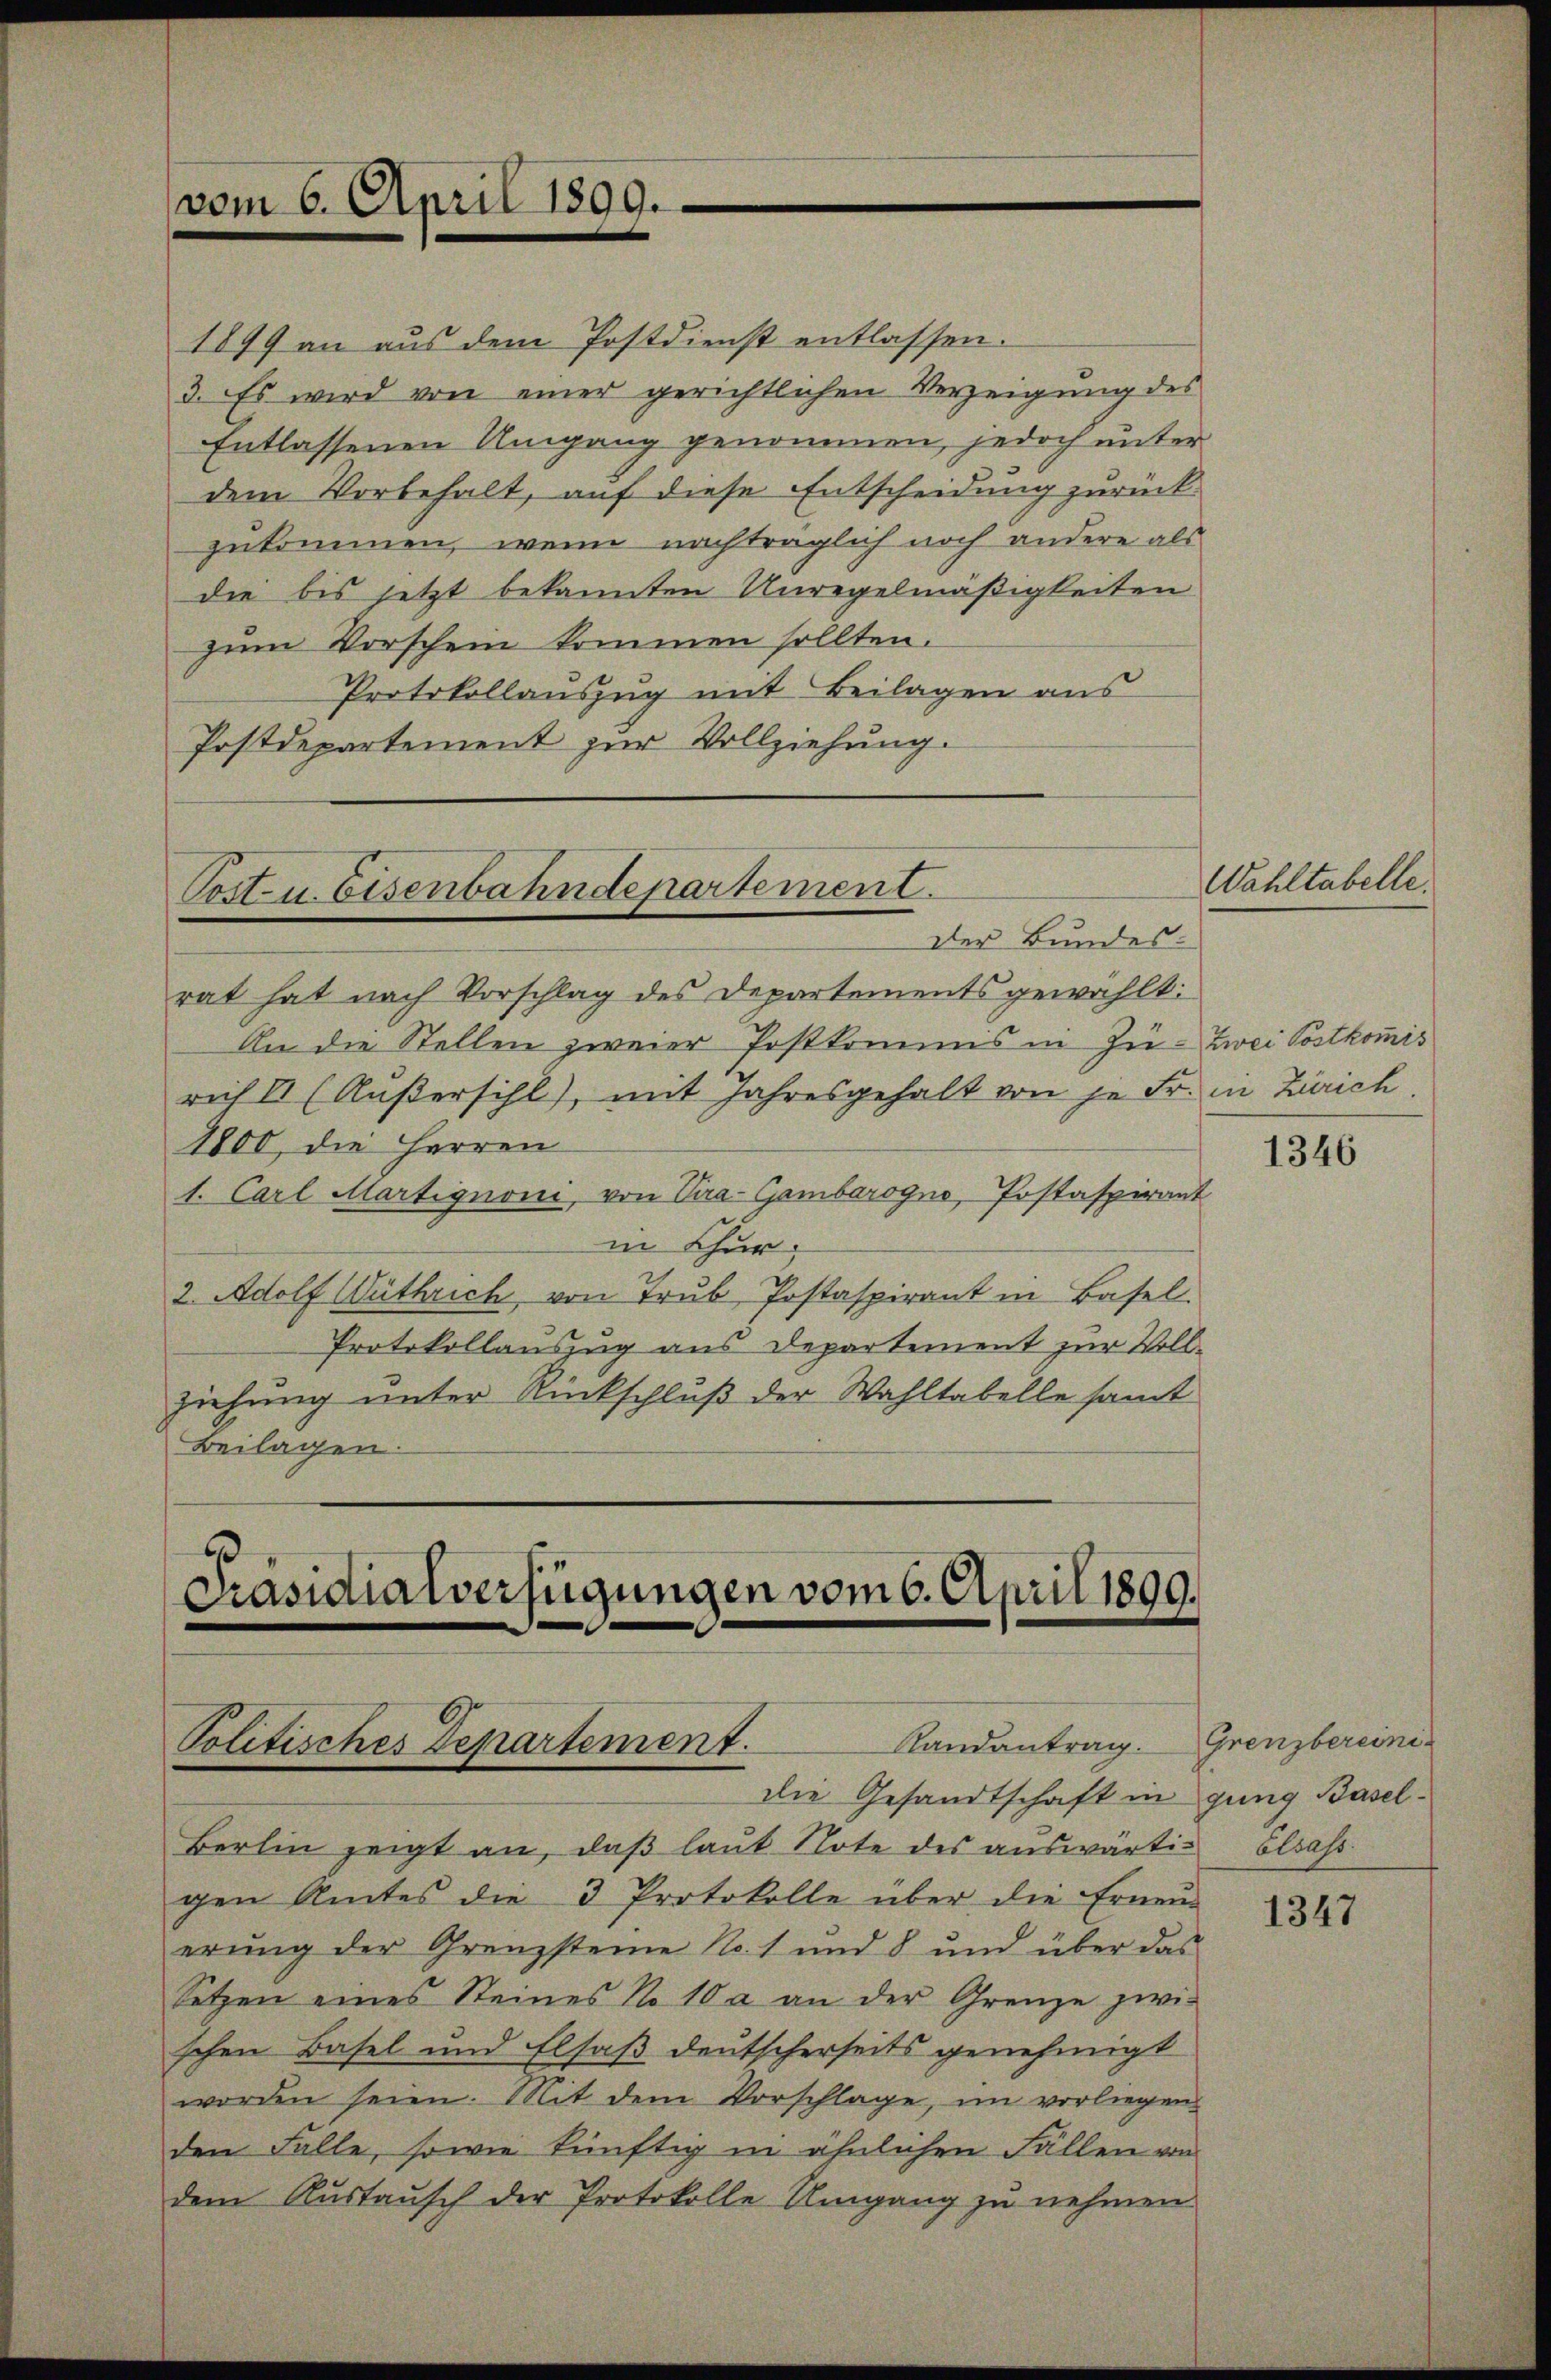
vom 6. April 1899.

1899 an aus dem Postdienst entlassen.
3. Es wird von einer gerichtlichen Verzeigung des
Entlassenen Umgang genommen, jedoch unterdem Vorbehalt, auf diese Entscheidung zurück
zukommen, wenn nachträglich noch andere als
die bis jetzt bekannten Unregelmäßigkeiten
zum Vorschein kommen sollten.
Protokollauszug mit Beilagen aus
Postdepartement zur Vollziehung.

Post- u. Eisenbahndepartement.
Der Bundes-

rat hat nach Vorschlag des Departements gewählt:
An die Stellen zweier Postkomums in Zu- Zwei Postkommis
rich II (Außersihl, mit Jahresgehalt von je Fr. in Zürich
1800, die Herren
1. Carl Martignoni, von Vira-Gambarogno, Postaspirant
in Chur,
2. Adolf Wüthrich, von Trub Postaspirant in Basel.
Protokollauszug aus Departement zur Vollziehung unter Rückschluß der Wahltabelle samt
Beilagen

u
Präsidialverfügungen vom 6. April 1890.
e
Randantrag. Grenzbereini¬
Politisches Departement.

die Gesandtschaft in gung Basel¬
Berlin zeigt an, daβ laŭt Note des aŭswärti- Elsass
gen Amtes die 3 Protokolle über die Erneŭe
erung der Grenzsteine No. 1 und 8 und über das
Setzen eines Steines No 10 a an der Grenze zwi-
schen Basel und Elsaß deutscherseits genehmigt
worden seien. Mit dem Vorschlage, im vorliegen
den Falle, sowie künftig in ähnlichen Fällen von
dem Austausch der Protokolle Umgang zu nehmen

Wahltabelle.

1346

1347